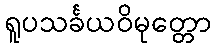
ရူပသင်္ခယဝိမုတ္တော